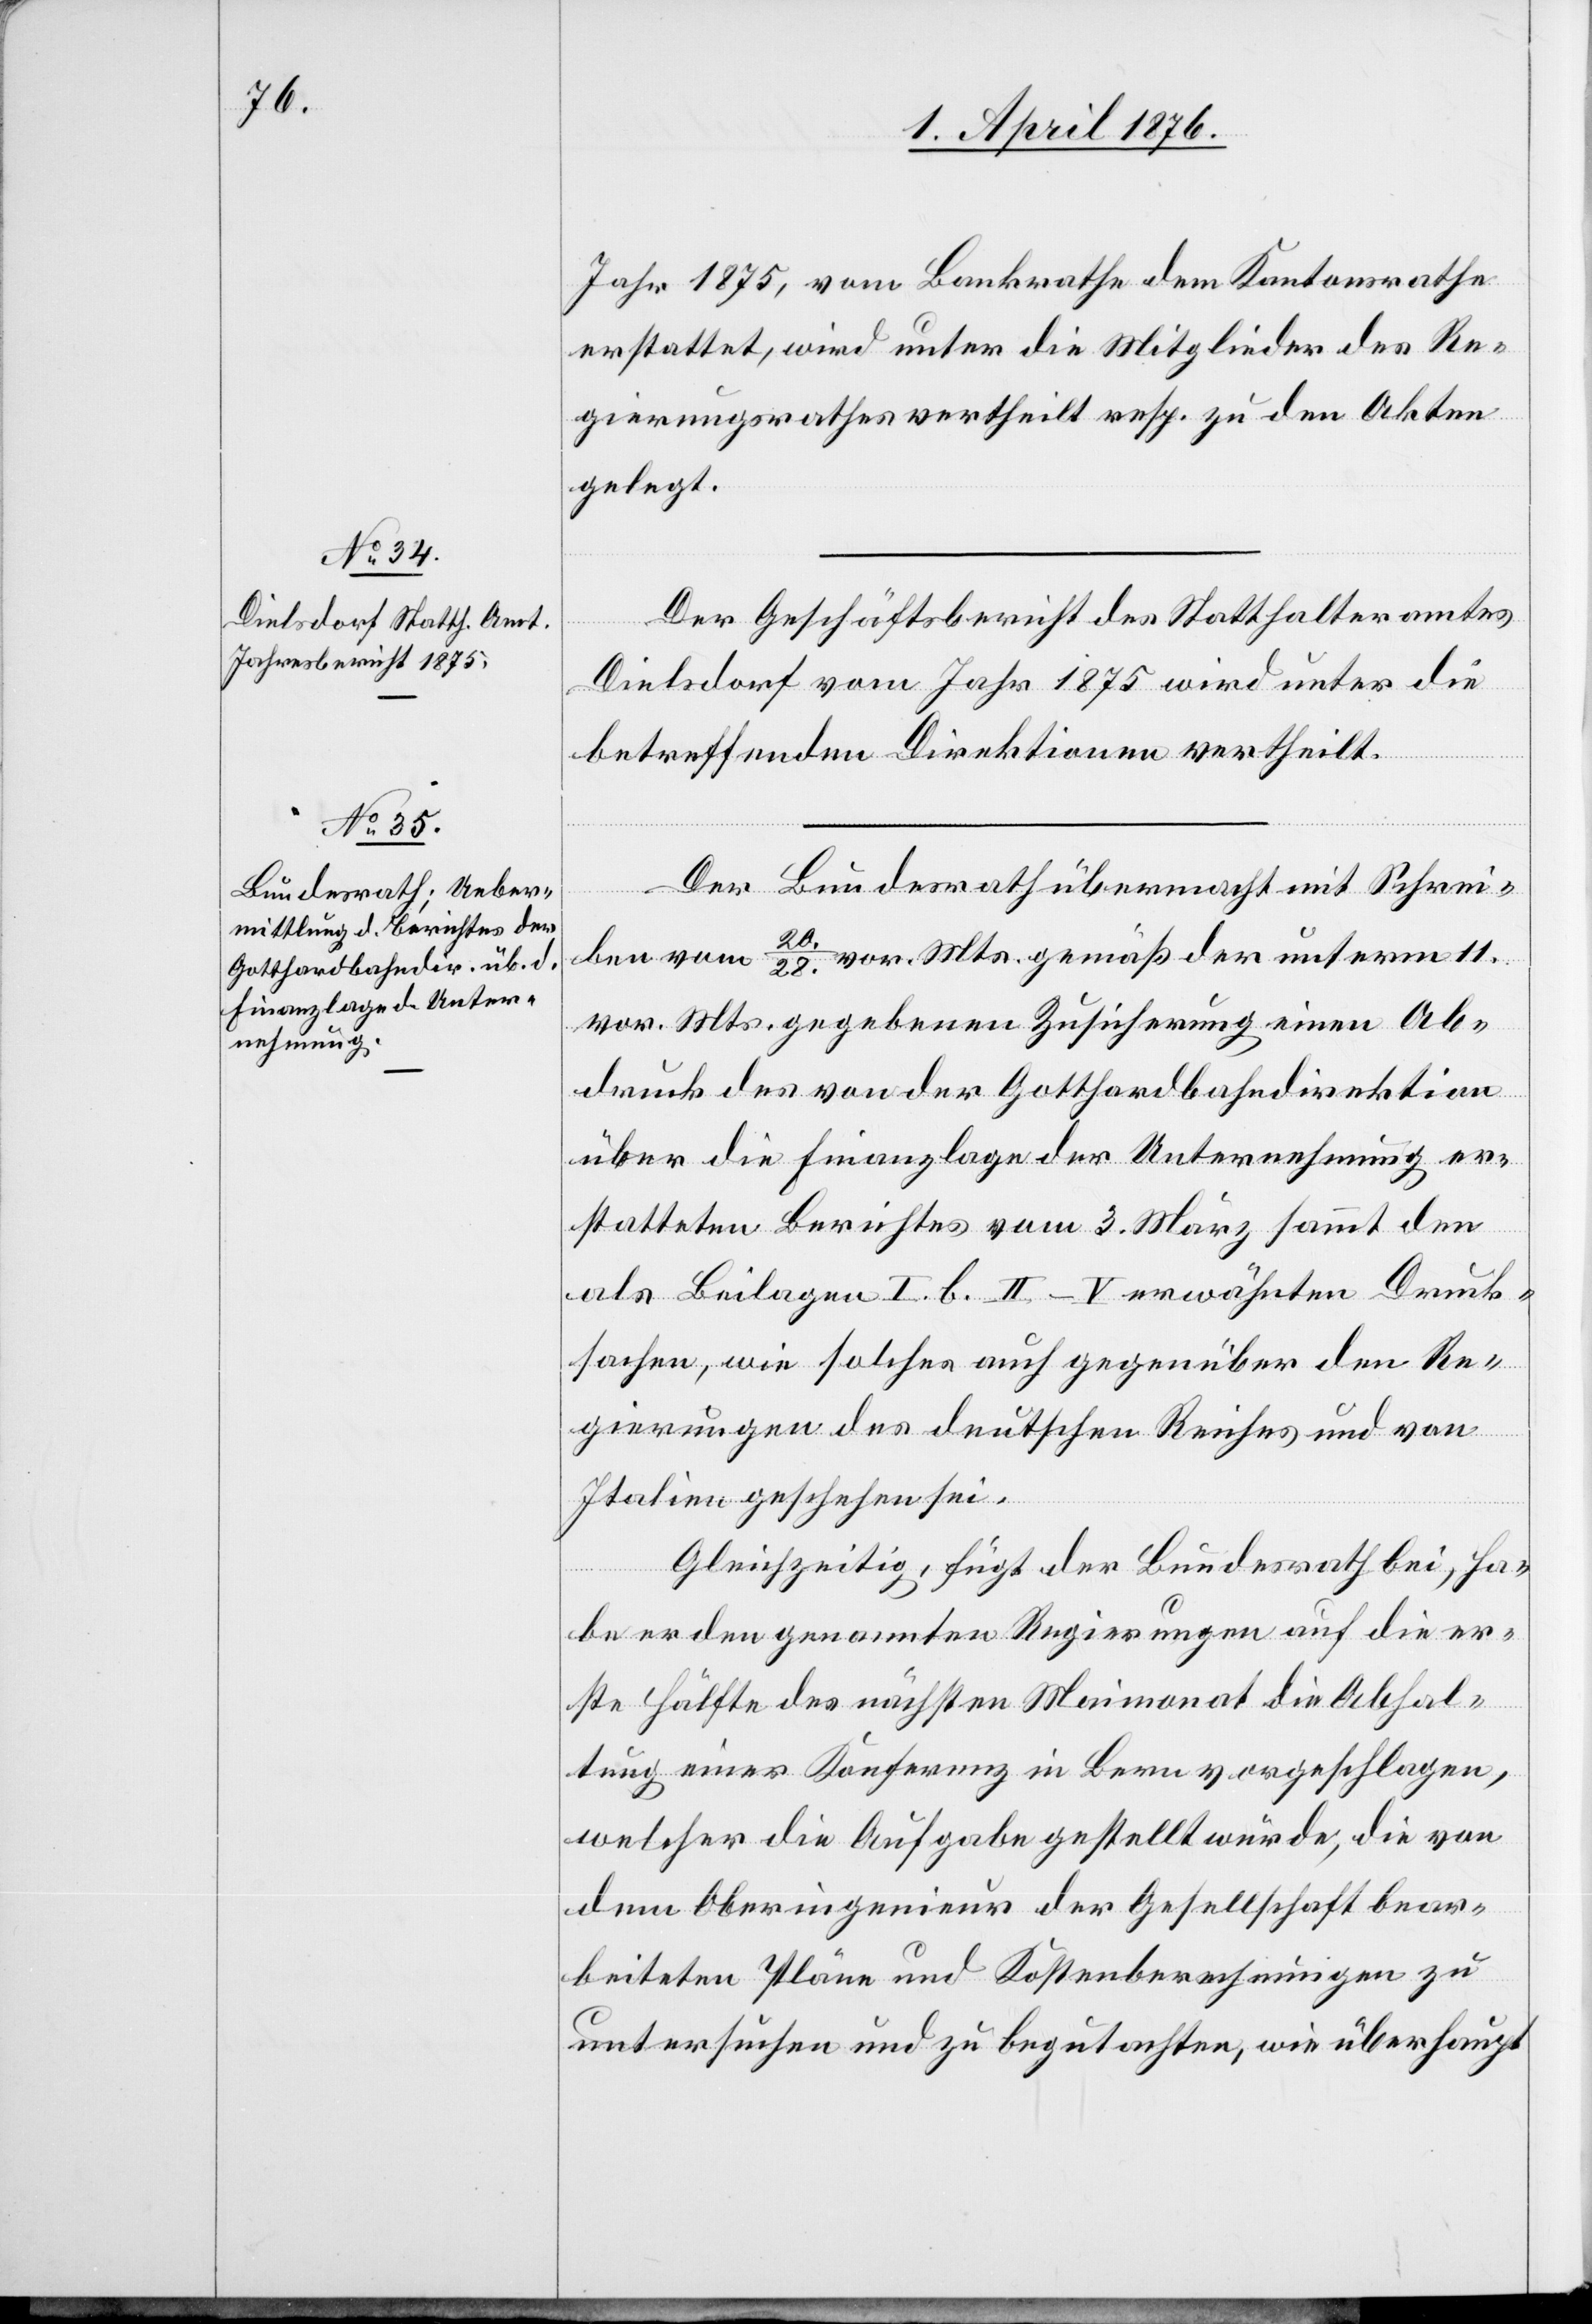
Jahr 1875, vom Bankrathe dem Kantonsrathe
erstattet, wird unter die Mitglieder des Re¬
gierungsrathes vertheilt resp. zu den Akten
gelegt.
Der Geschäftsbericht des Statthalteramtes
Dielsdorf vom Jahr 1875 wird unter die
betreffenden Direktionen vertheilt.
Der Bundesrath übermacht mit Schrei¬
ben vom 20./28. vor. Mts. gemäß der unterm 11.
vor MTs. gegebenen Zusicherung einen Ab¬
druck des von der Gotthardbahndirektion
über die Finanzlage der Unternehmung er¬
statteten Berichtes vom 3. März sammt den
als Beilagen I. b. II–V erwähnten Druck¬
sachen, wie solche auch gegenüber den Re¬
gierungen des deutschen Reiches und von
Italien geschehen sei.
Gleichzeitig fügt der Bundesrath bei, ha¬
be er den genannten Regierungen auf die er¬
ste Hälfte des nächsten Maimonat die Abhal¬
tung einer Konferenz in Bern vorgeschlagen,
welcher die Aufgabe gestellt würde, die von
dem Oberingenieur der Gesellschaft bear¬
beiteten Pläne und Kostenberechnungen zu
untersuchen und zu begutachten, wie überhaupt